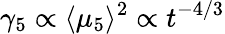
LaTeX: \gamma_{5}\propto\langle\mu_{5}\rangle^{2}\propto t^{-4/3}